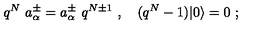
q ^ { N } \ a _ { \alpha } ^ { \pm } = a _ { \alpha } ^ { \pm } \ q ^ { N \pm 1 } \ , \quad ( q ^ { N } - 1 ) \vert 0 \rangle = 0 \ ;